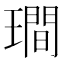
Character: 𤩎